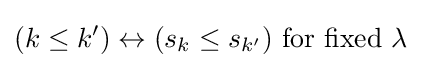
(k\leq k')\leftrightarrow (s_{k}\leq s_{k'}){\text{ for fixed }}\lambda